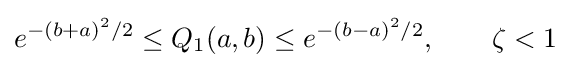
e^{-(b+a)^{2}/2}\leq Q_{1}(a,b)\leq e^{-(b-a)^{2}/2},\qquad \zeta <1